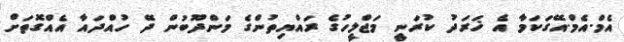
އެމް.އެމް.އޭގަކަމާ އެ ޚަރަދު ކުރަނީ މަޖްލީހުގެ ރައްޔިތުންގެ މަންދޫބުން ދޭ ހުއްދައާ އެއްގޮތަށް